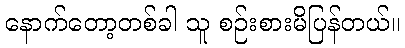
နောက်တော့တစ်ခါ သူ စဉ်းစားမိပြန်တယ်။